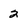
Character: 2